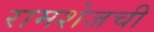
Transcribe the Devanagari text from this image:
रामशेजची